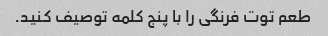
طعم توت فرنگی را با پنج کلمه توصیف کنید.